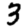
Digit: 3